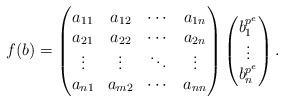
LaTeX: \begin{align*}f(b) = \begin{pmatrix} a_{11} & a_{12} & \cdots & a_{1n} \\ a_{21} & a_{22} & \cdots & a_{2n} \\ \vdots & \vdots & \ddots & \vdots \\ a_{n1} & a_{m2} & \cdots & a_{nn}\end{pmatrix}\begin{pmatrix} b_1^{p^e} \\ \vdots \\ b_n^{p^e}\end{pmatrix}.\end{align*}